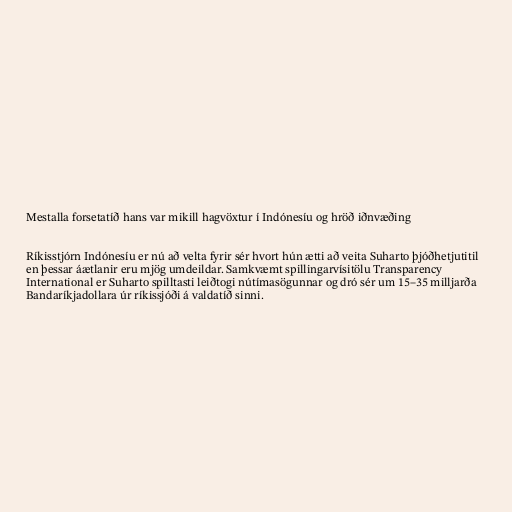
Mestalla forsetatíð hans var mikill hagvöxtur í Indónesíu og hröð iðnvæðing

Ríkisstjórn Indónesíu er nú að velta fyrir sér hvort hún ætti að veita Suharto þjóðhetjutitil
en þessar áætlanir eru mjög umdeildar. Samkvæmt spillingarvísitölu Transparency
International er Suharto spilltasti leiðtogi nútímasögunnar og dró sér um 15–35 milljarða
Bandaríkjadollara úr ríkissjóði á valdatíð sinni.